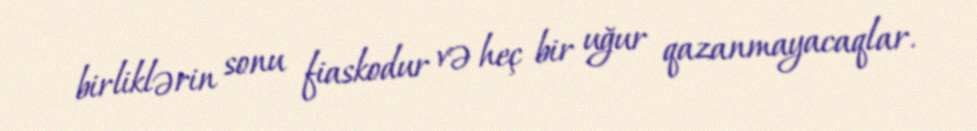
birliklərin sonu fiaskodur və heç bir uğur qazanmayacaqlar.